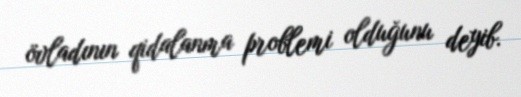
övladının qidalanma problemi olduğunu deyib.